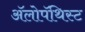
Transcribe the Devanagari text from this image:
अॅलोपॅथिस्ट